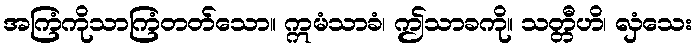
အကြံကိုသာကြံတတ်သော။ ဣမံသာခံ၊ ဤသာခကို။ သတ္တီဟိ၊ လှံသေး